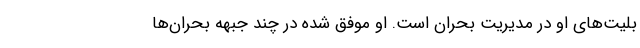
بلیت‌های او در مدیریت بحران است. او موفق شده در چند جبهه بحران‌ها